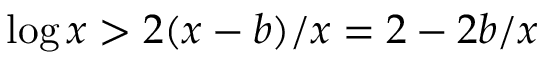
\log x > 2 ( x - b ) / x = 2 - 2 b / x